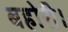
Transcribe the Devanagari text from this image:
बहोरी।